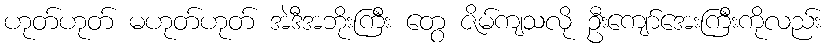
ဟုတ်ဟုတ် မဟုတ်ဟုတ် အဲဒီအဘိုးကြီး တွေ ဇိမ်ကျသလို ဦးကျော်အေးကြီးကိုလည်း